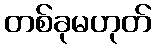
တစ်ခုမဟုတ်